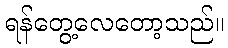
ရန်တွေ့လေတော့သည်။